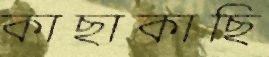
কাছাকাছি